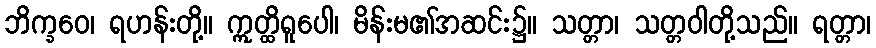
ဘိက္ခဝေ၊ ရဟန်းတို့။ ဣတ္ထိရူပေါ၊ မိန်းမ၏အဆင်း၌။ သတ္တာ၊ သတ္တဝါတို့သည်။ ရတ္တာ၊